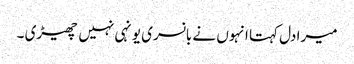
میرا دل کہتا انہوں نے بانسری یونہی نہیں چھیڑی ۔